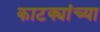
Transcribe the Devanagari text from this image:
काटक्यांच्या